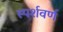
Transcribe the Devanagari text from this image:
स्पर्शवर्ण